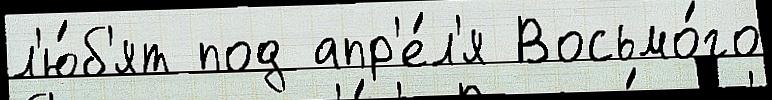
л'ю́б'ят под апр'е́л'я Восьмо́го